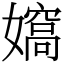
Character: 𡢠